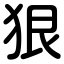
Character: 狠